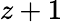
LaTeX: z+1